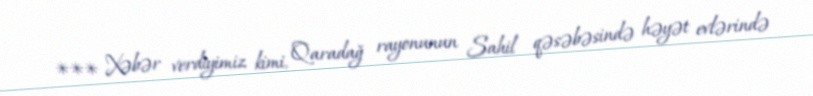
*** Xəbər verdiyimiz kimi, Qaradağ rayonunun Sahil qəsəbəsində həyət evlərində